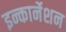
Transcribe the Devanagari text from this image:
इन्कार्नेशन